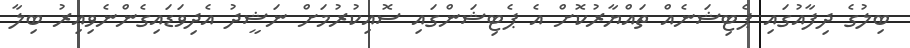
ބިލުގެ ދިފާއުގައި ޕެޓިޝަނެއް ތައްޔާރުކޮށް އެ ޕެޓިޝަންގައި ސޮއިކުރުމަށް ނަޝީދު އެދިވަޑައިގެންނެވިއިރު ބިލާ